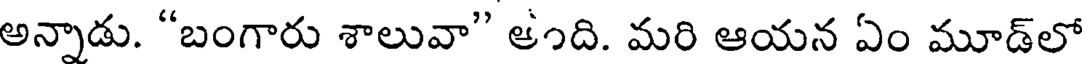
అన్నాడు. "బంగారు శాలువా" ఆంది. మరి ఆయన ఏం మూడ్లో